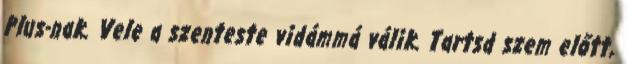
Plus-nak. Vele a szenteste vidámmá válik. Tartsd szem előtt,